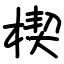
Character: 楔